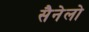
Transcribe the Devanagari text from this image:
सैनेलो